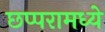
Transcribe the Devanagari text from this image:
छप्परामध्ये